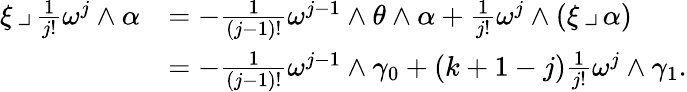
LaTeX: \begin{array}{rl}{\xi\operatorname{\lrcorner}\frac{1}{j!}\omega^{j}\wedge\alpha}&{=-\frac{1}{(j-1)!}\omega^{j-1}\wedge\theta\wedge\alpha+\frac{1}{j!}\omega^{j}\wedge(\xi\operatorname{\lrcorner}\alpha)}\\ &{=-\frac{1}{(j-1)!}\omega^{j-1}\wedge\gamma_{0}+(k+1-j)\frac{1}{j!}\omega^{j}\wedge\gamma_{1}.}\end{array}